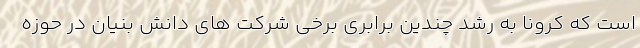
است که کرونا به رشد چندین برابری برخی شرکت های دانش بنیان در حوزه